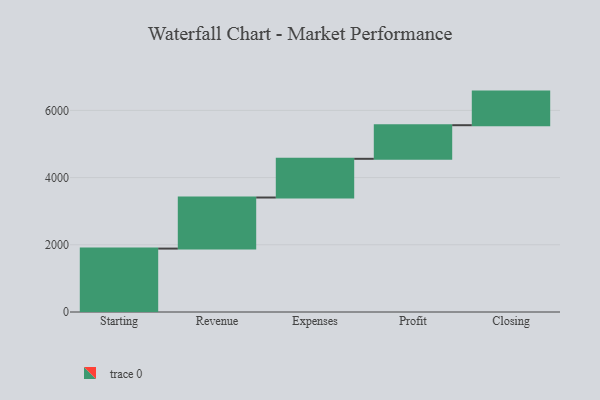
{"axis": {"x": "Step", "y": "Value"}, "legend": [""], "data": [{"x": "Starting", "y": 1887.0, "type": ""}, {"x": "Revenue", "y": 1520.0, "type": ""}, {"x": "Expenses", "y": 1152.0, "type": ""}, {"x": "Profit", "y": 1000, "type": ""}, {"x": "Closing", "y": 1000, "type": ""}]}